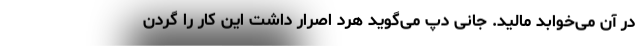
در آن می‌خوابد مالید. جانی دپ می‌گوید هرد اصرار داشت این کار را گردن